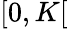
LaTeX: [0,K[